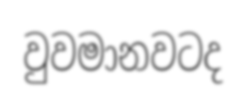
වුවමානවටද